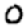
Digit: 0